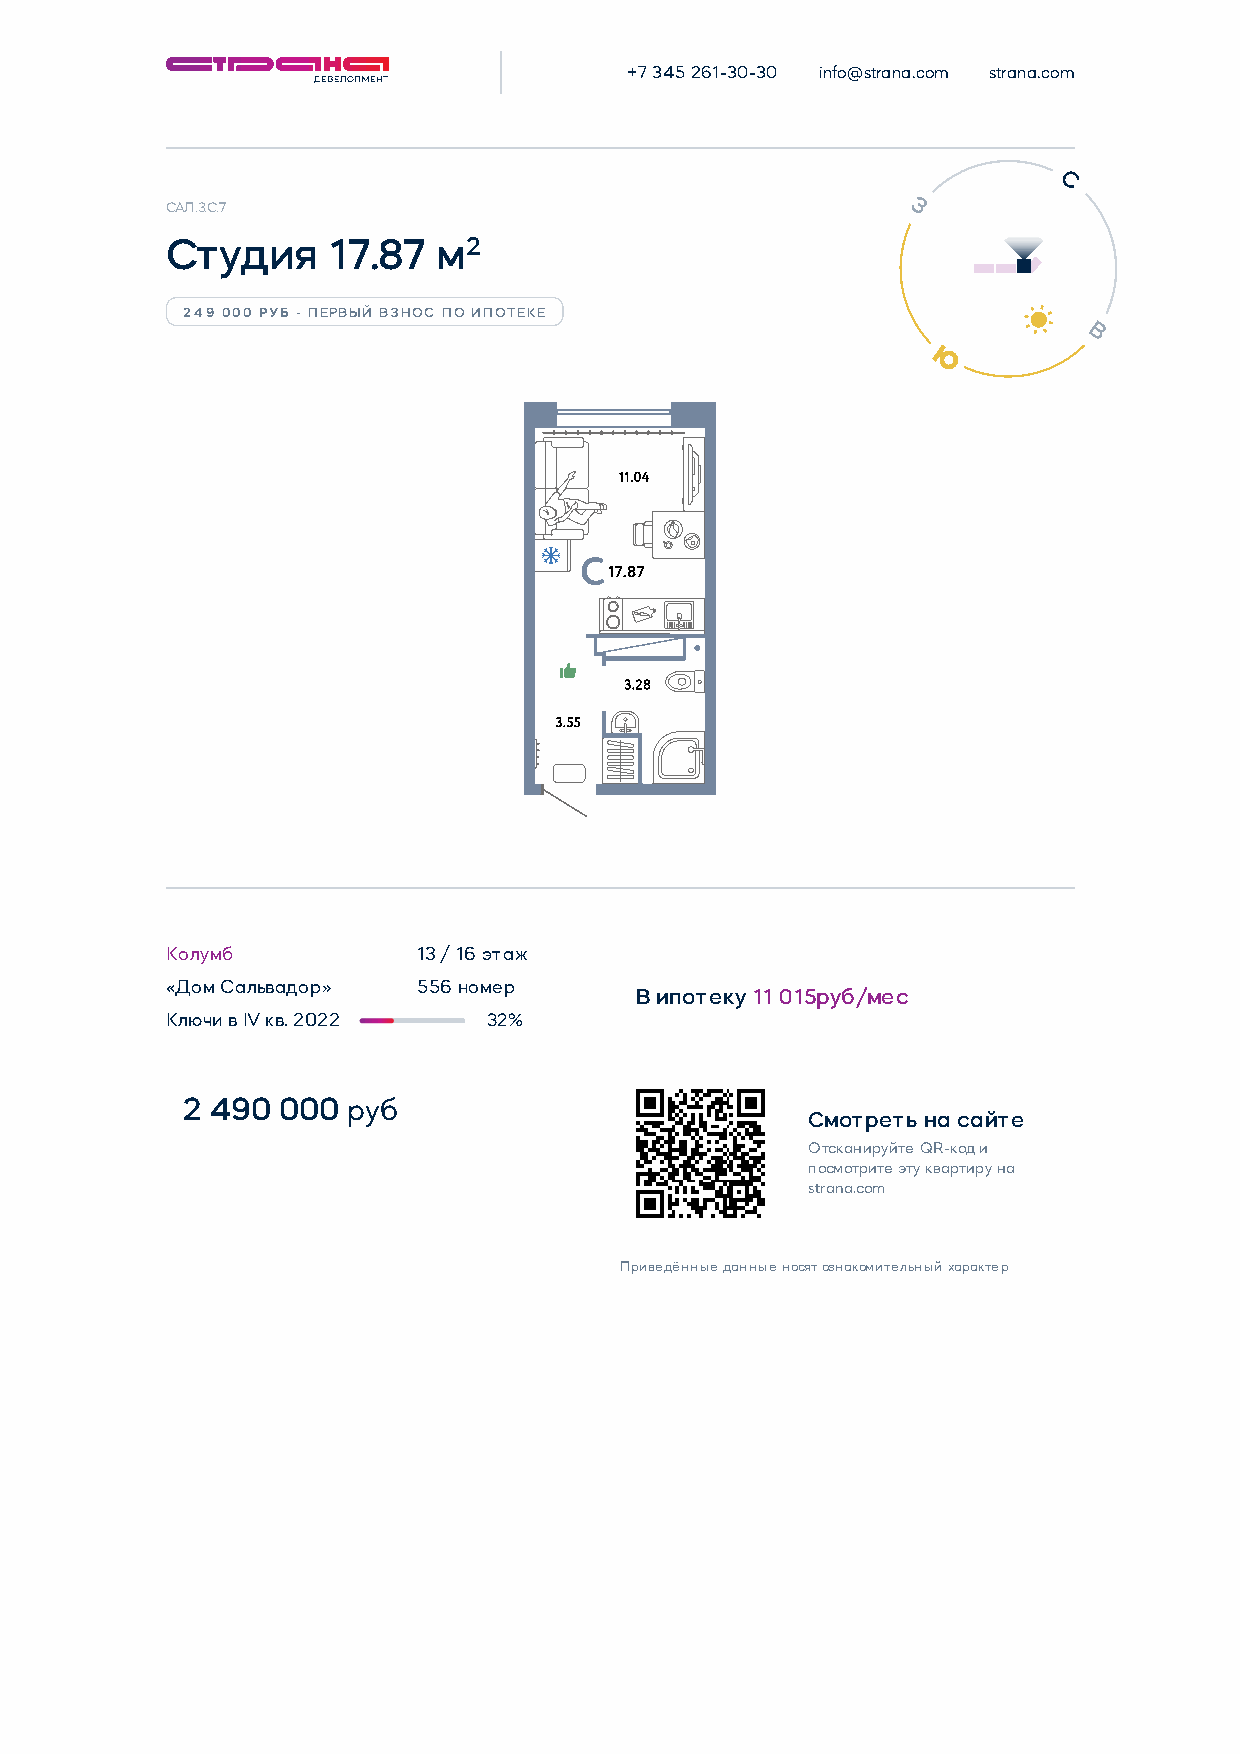
+7 345 261-30-30 info@strana.com strana.com
 САЛ.3.С.7
 Студия     17.87  м2
 249 000 РУБ - ПЕРВЫЙ ВЗНОС ПО ИПОТЕКЕ
 Колумб           13 / 16 этаж
 «Дом Сальвадор»  556 номер
 В ипотеку 11 015руб/мес
 Ключи в IV кв. 2022  32%
 2 490 000  руб
 Смотреть на сайте
 Отсканируйте QR-код и
 посмотрите эту квартиру на
 strana.com
 Приведённые данные носят ознакомительный характер